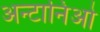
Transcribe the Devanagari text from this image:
अन्टानिओ